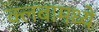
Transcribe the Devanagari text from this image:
क्लबामध्ये